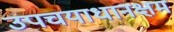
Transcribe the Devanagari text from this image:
उपचयाधानक्षम